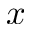
x